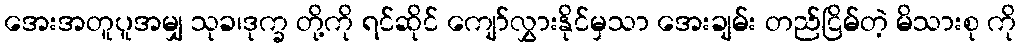
အေးအတူပူအမျှ သုခ၊ဒုက္ခ တို့ကို ရင်ဆိုင် ကျော်လွှားနိုင်မှသာ အေးချမ်း တည်ငြိမ်တဲ့ မိသားစု ကို